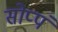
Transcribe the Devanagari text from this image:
सोप्पं